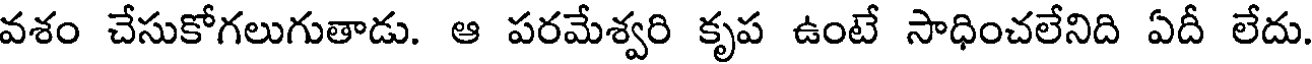
వశం చేసుకోగలుగుతాడు. ఆ పరమేశ్వరి కృప ఉంటే సాధించలేనిది ఏదీ లేదు.